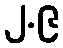
၂.၉